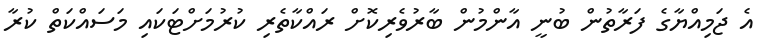
އެ ޖަމިއްޔާގެ ފަރާތުން ބުނީ އާންމުން ބާރުވެރިކޮށް ރައްކާތެރި ކުރުމަށްޓަކައި މަސައްކަތް ކުރާ